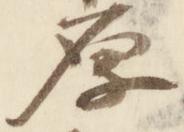
原